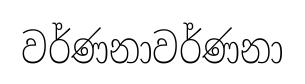
වර්ණනාවර්ණනා